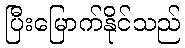
ပြီးမြောက်နိုင်သည်